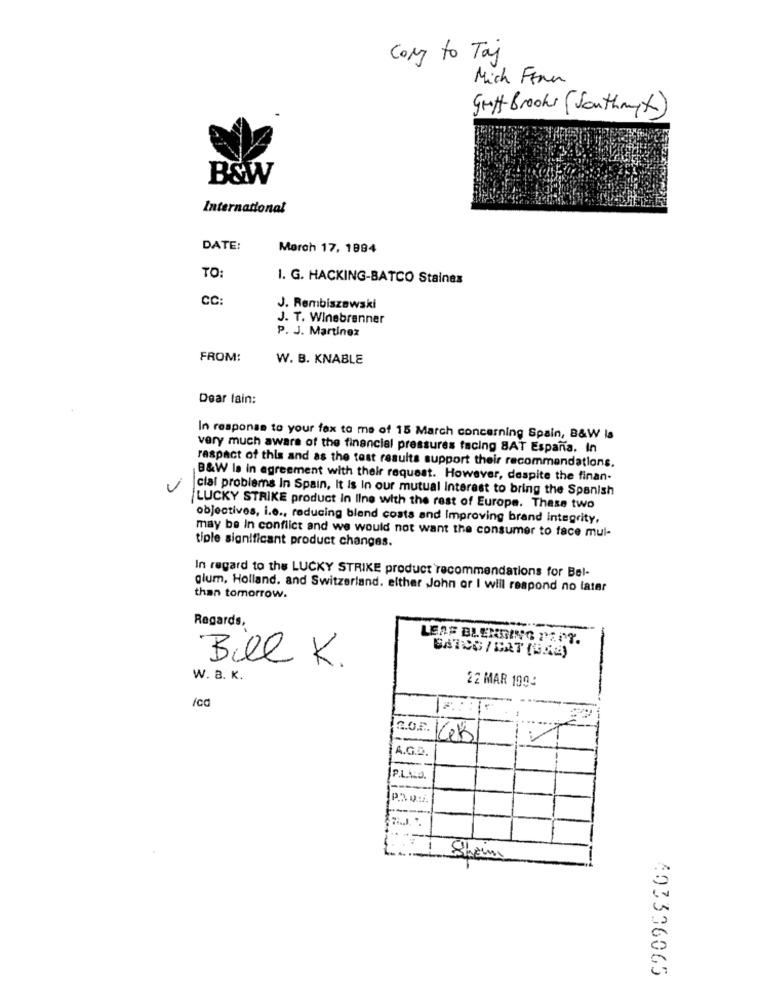
Cory to Taj
Mich Finn
groft Brooks (Southmyth)
B&W
International
DATE:
March 17, 1884
TO:
I. G. HACKING-BATCO Staines
CC
J. Rembiszewski
J. T. Winebrenner
P. J. Martinez
FROM:
W. B. KNABLE
Dear lain:
In response to your fax to me of 15 March concerning Spain, B&W Is
very much aware of the financial pressures facing BAT España. In
raspact of this and as the test results support their recommendations.
B&W la in agreement with their request. However, despite the finan-
cial problems In Spain, It is In our mutual Interest to bring the Spanish
LUCKY STRIKE product In line with the rest of Europe. These two
objectives, i.e ., reducing blend costs and Improving brand integrity,
may be in conflict and we would not want the consumer to face mul-
tiple significant product changes.
In regard to the LUCKY STRIKE product recommendations for Bel-
glum, Holland. and Switzerland. either John or I will respond no later
than tomorrow.
Regards,
LEAF BLENDING PANT.
Bill K.
W. a. K.
22 MAR 199:
/cd
C.O.P. 68
A.G.D.
Shem
403306065